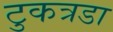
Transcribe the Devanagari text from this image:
टुकत्रडा